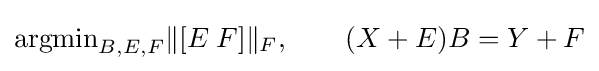
\mathrm {argmin} _{B,E,F}\|[E\;F]\|_{F},\qquad (X+E)B=Y+F